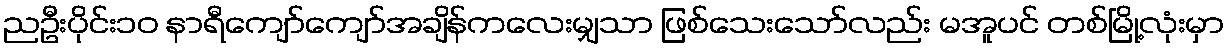
ညဦးပိုင်း၁၀ နာရီကျော်ကျော်အချိန်ကလေးမျှသာ ဖြစ်သေးသော်လည်း မအူပင် တစ်မြို့လုံးမှာ